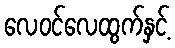
လေဝင်လေထွက်နှင့်